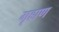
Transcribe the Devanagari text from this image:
गृहाण